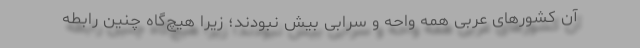
آن کشورهای عربی همه واحه و سرابی بیش نبودند؛ زیرا هیچ‌گاه چنین رابطه